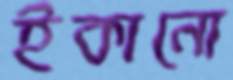
ইকানো